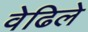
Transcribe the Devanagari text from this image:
वेढिले